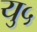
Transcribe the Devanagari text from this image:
यु५